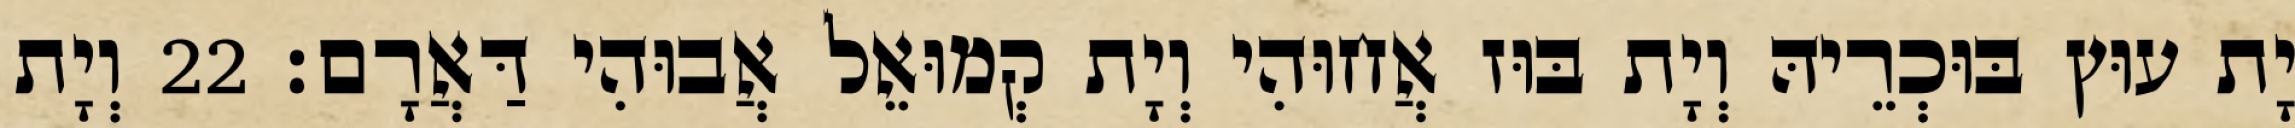
יָת עוּץ בּוּכְרֵיהּ וְיָת בּוּז אֲחוּהִי וְיָת קְמוּאֵל אֲבוּהִי דַּאֲרָם׃ 22 וְיָת